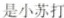
是小苏打